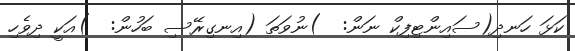
ކަޅަ ހަނދި(ސައިންޓިފިކް ނަން:  )ނުވަތަ (އިނގިރޭސި ބަހުން:  )އަކީ ދިވެހި